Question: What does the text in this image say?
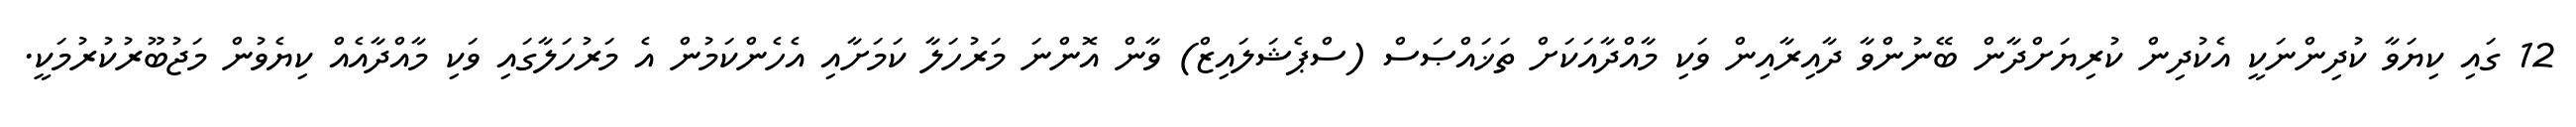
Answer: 12 ގައި ކިޔަވާ ކުދިންނަކީ އެކުދިން ކުރިޔަށްދާން ބޭނުންވާ ދާއިރާއިން ވަކި މާއްދާއަކަށް ތަޚައްޞަސް (ސްޕެޝަލައިޒް) ވާން އޮންނަ މަރުހަލާ ކަމަށާއި އެހެންކަމުން އެ މަރުހަލާގައި ވަކި މާއްދާއެއް ކިޔެވުން މަޖުބޫރުކުރުމަކީ.